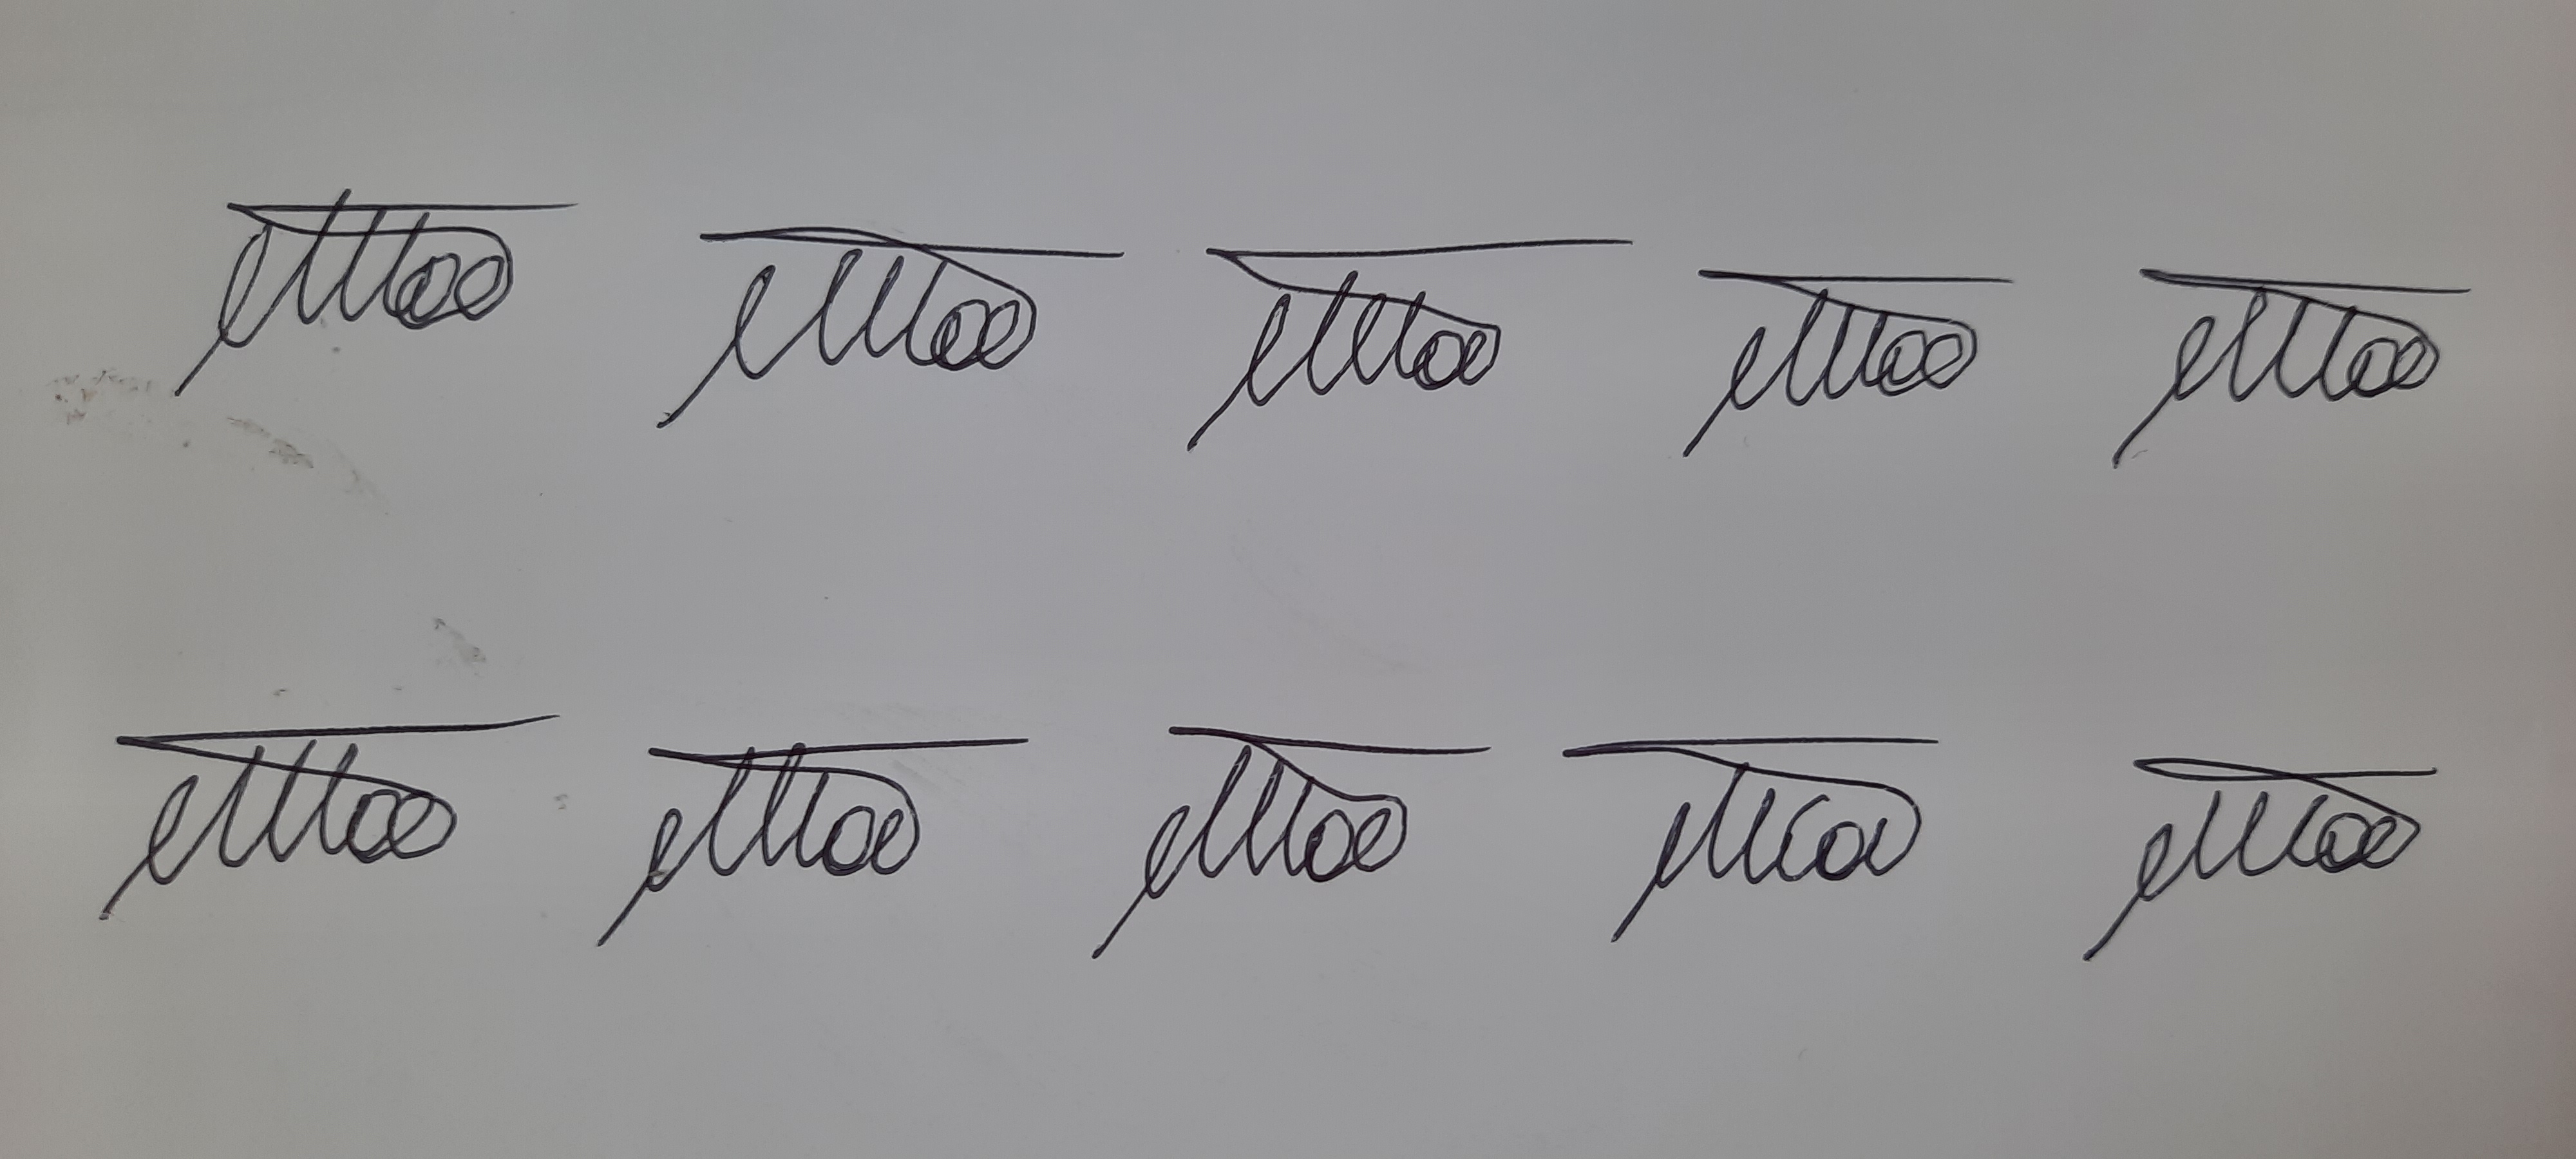
Signature authenticity: genuine